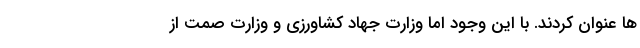
ها عنوان کردند. با این وجود اما وزارت جهاد کشاورزی و وزارت صمت از